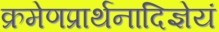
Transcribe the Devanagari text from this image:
क्रमेणप्रार्थनादिज्ञेयं